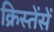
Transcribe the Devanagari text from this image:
क्रिस्तेंसें